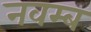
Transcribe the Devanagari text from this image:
नवम्ब